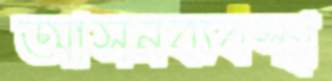
আসনব্যবস্থা